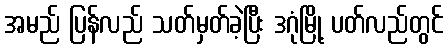
အမည် ပြန်လည် သတ်မှတ်ခဲ့ပြီး ဒဂုံမြို့ ပတ်လည်တွင်